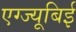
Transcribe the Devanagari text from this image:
एग्ज्यूबिई